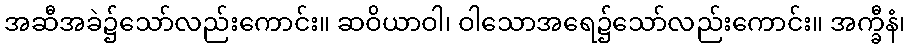
အဆီအခဲ၌သော်လည်းကောင်း။ ဆဝိယာဝါ၊ ဝါသောအရေ၌သော်လည်းကောင်း။ အက္ခီနံ၊